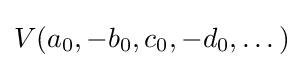
V(a_{0},-b_{0},c_{0},-d_{0},\dots )